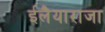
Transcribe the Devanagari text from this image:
ईलैयाराजा